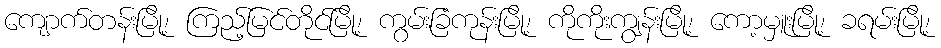
ကျောက်တန်းမြို့၊ ကြည့်မြင်တိုင်မြို့၊ ကွမ်းခြံကုန်းမြို့၊ ကိုကိုးကျွန်းမြို့၊ ကော့မှူးမြို့၊ ခရမ်းမြို့၊